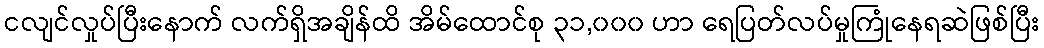
ငလျင်လှုပ်ပြီးနောက် လက်ရှိအချိန်ထိ အိမ်ထောင်စု ၃၁,၀၀၀ ဟာ ရေပြတ်လပ်မှုကြုံနေရဆဲဖြစ်ပြီး